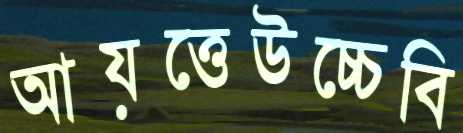
আয়ত্তেউচ্চেবি